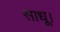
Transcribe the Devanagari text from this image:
साधू।